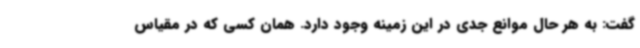
گفت: به هر حال موانع جدی در این زمینه وجود دارد. همان کسی که در مقیاس